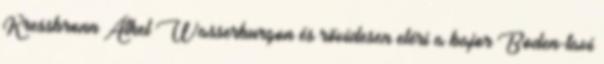
Kressbronn Átkel Wasserburgon és rövidesen eléri a bajor Boden-tavi